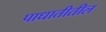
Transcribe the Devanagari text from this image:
पाधातीतील